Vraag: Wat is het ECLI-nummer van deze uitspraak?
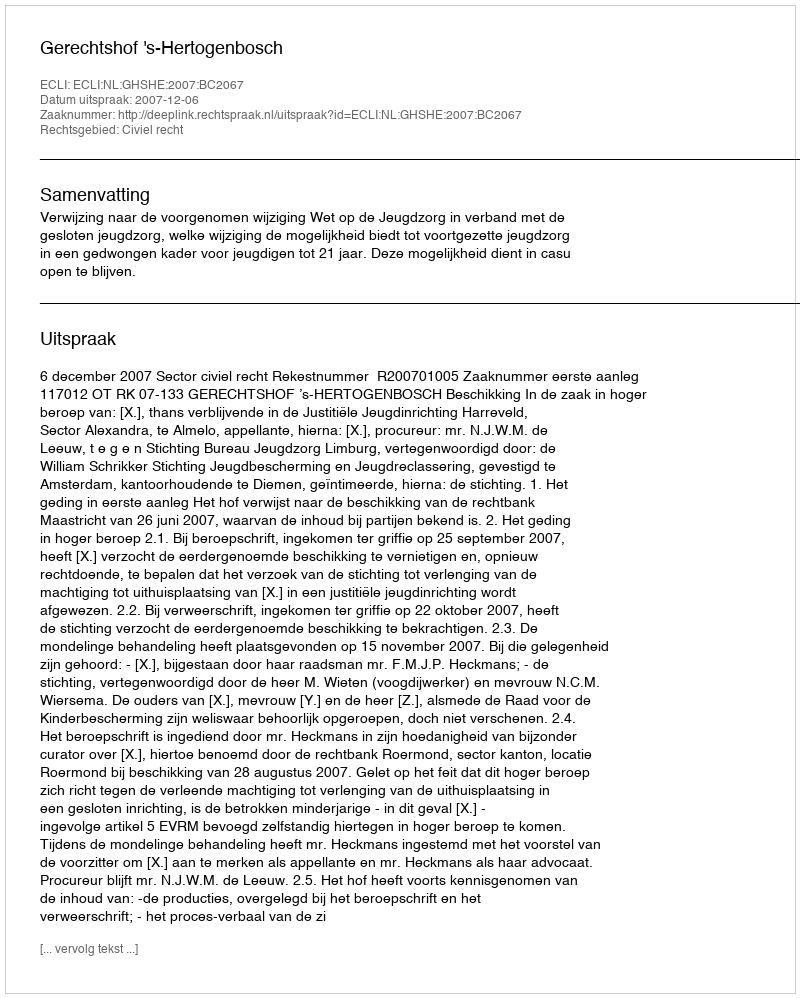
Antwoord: ECLI:NL:GHSHE:2007:BC2067